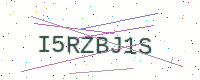
Text: I5RZBJ1S